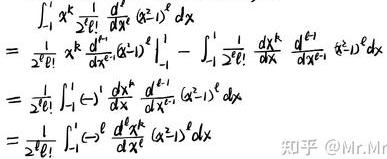
\[
\begin{align*}
&\int_{-1}^{1} x^{k} \frac{1}{2^{l} l!} \frac{d^{l}}{d x^{l}}\left(x^{2}-1\right)^{l} d x\\
=&\frac{1}{2^{l} l!} x^{k} \frac{d^{l-1}}{d x^{l-1}}\left(x^{2}-1\right)^{l}\left.\right|_{-1} ^{1}-\int_{-1}^{1} \frac{1}{2^{l} l!} \frac{d x^{k}}{d x} \frac{d^{l-1}}{d x^{l-1}}\left(x^{2}-1\right)^{l} d x\\
=&\frac{1}{2^{l} l!} \int_{-1}^{1}(-1) \frac{d x^{k}}{d x} \frac{d^{l-1}}{d x^{l-1}}\left(x^{2}-1\right)^{l} d x\\
=&\frac{1}{2^{l} l!} \int_{-1}^{1}(-1)^{l} \frac{d^{l} x^{k}}{d x^{l}}\left(x^{2}-1\right)^{l} d x
\end{align*}
\]